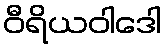
ဝီရိယဝါဒေါ